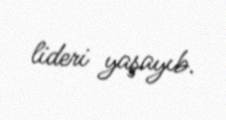
lideri yaşayıb.